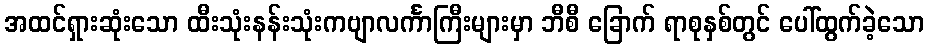
အထင်ရှားဆုံးသော ထီးသုံးနန်းသုံးကဗျာလင်္ကာကြီးများမှာ ဘီစီ ခြောက် ရာစုနှစ်တွင် ပေါ်ထွက်ခဲ့သော